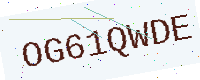
Text: OG61QWDE